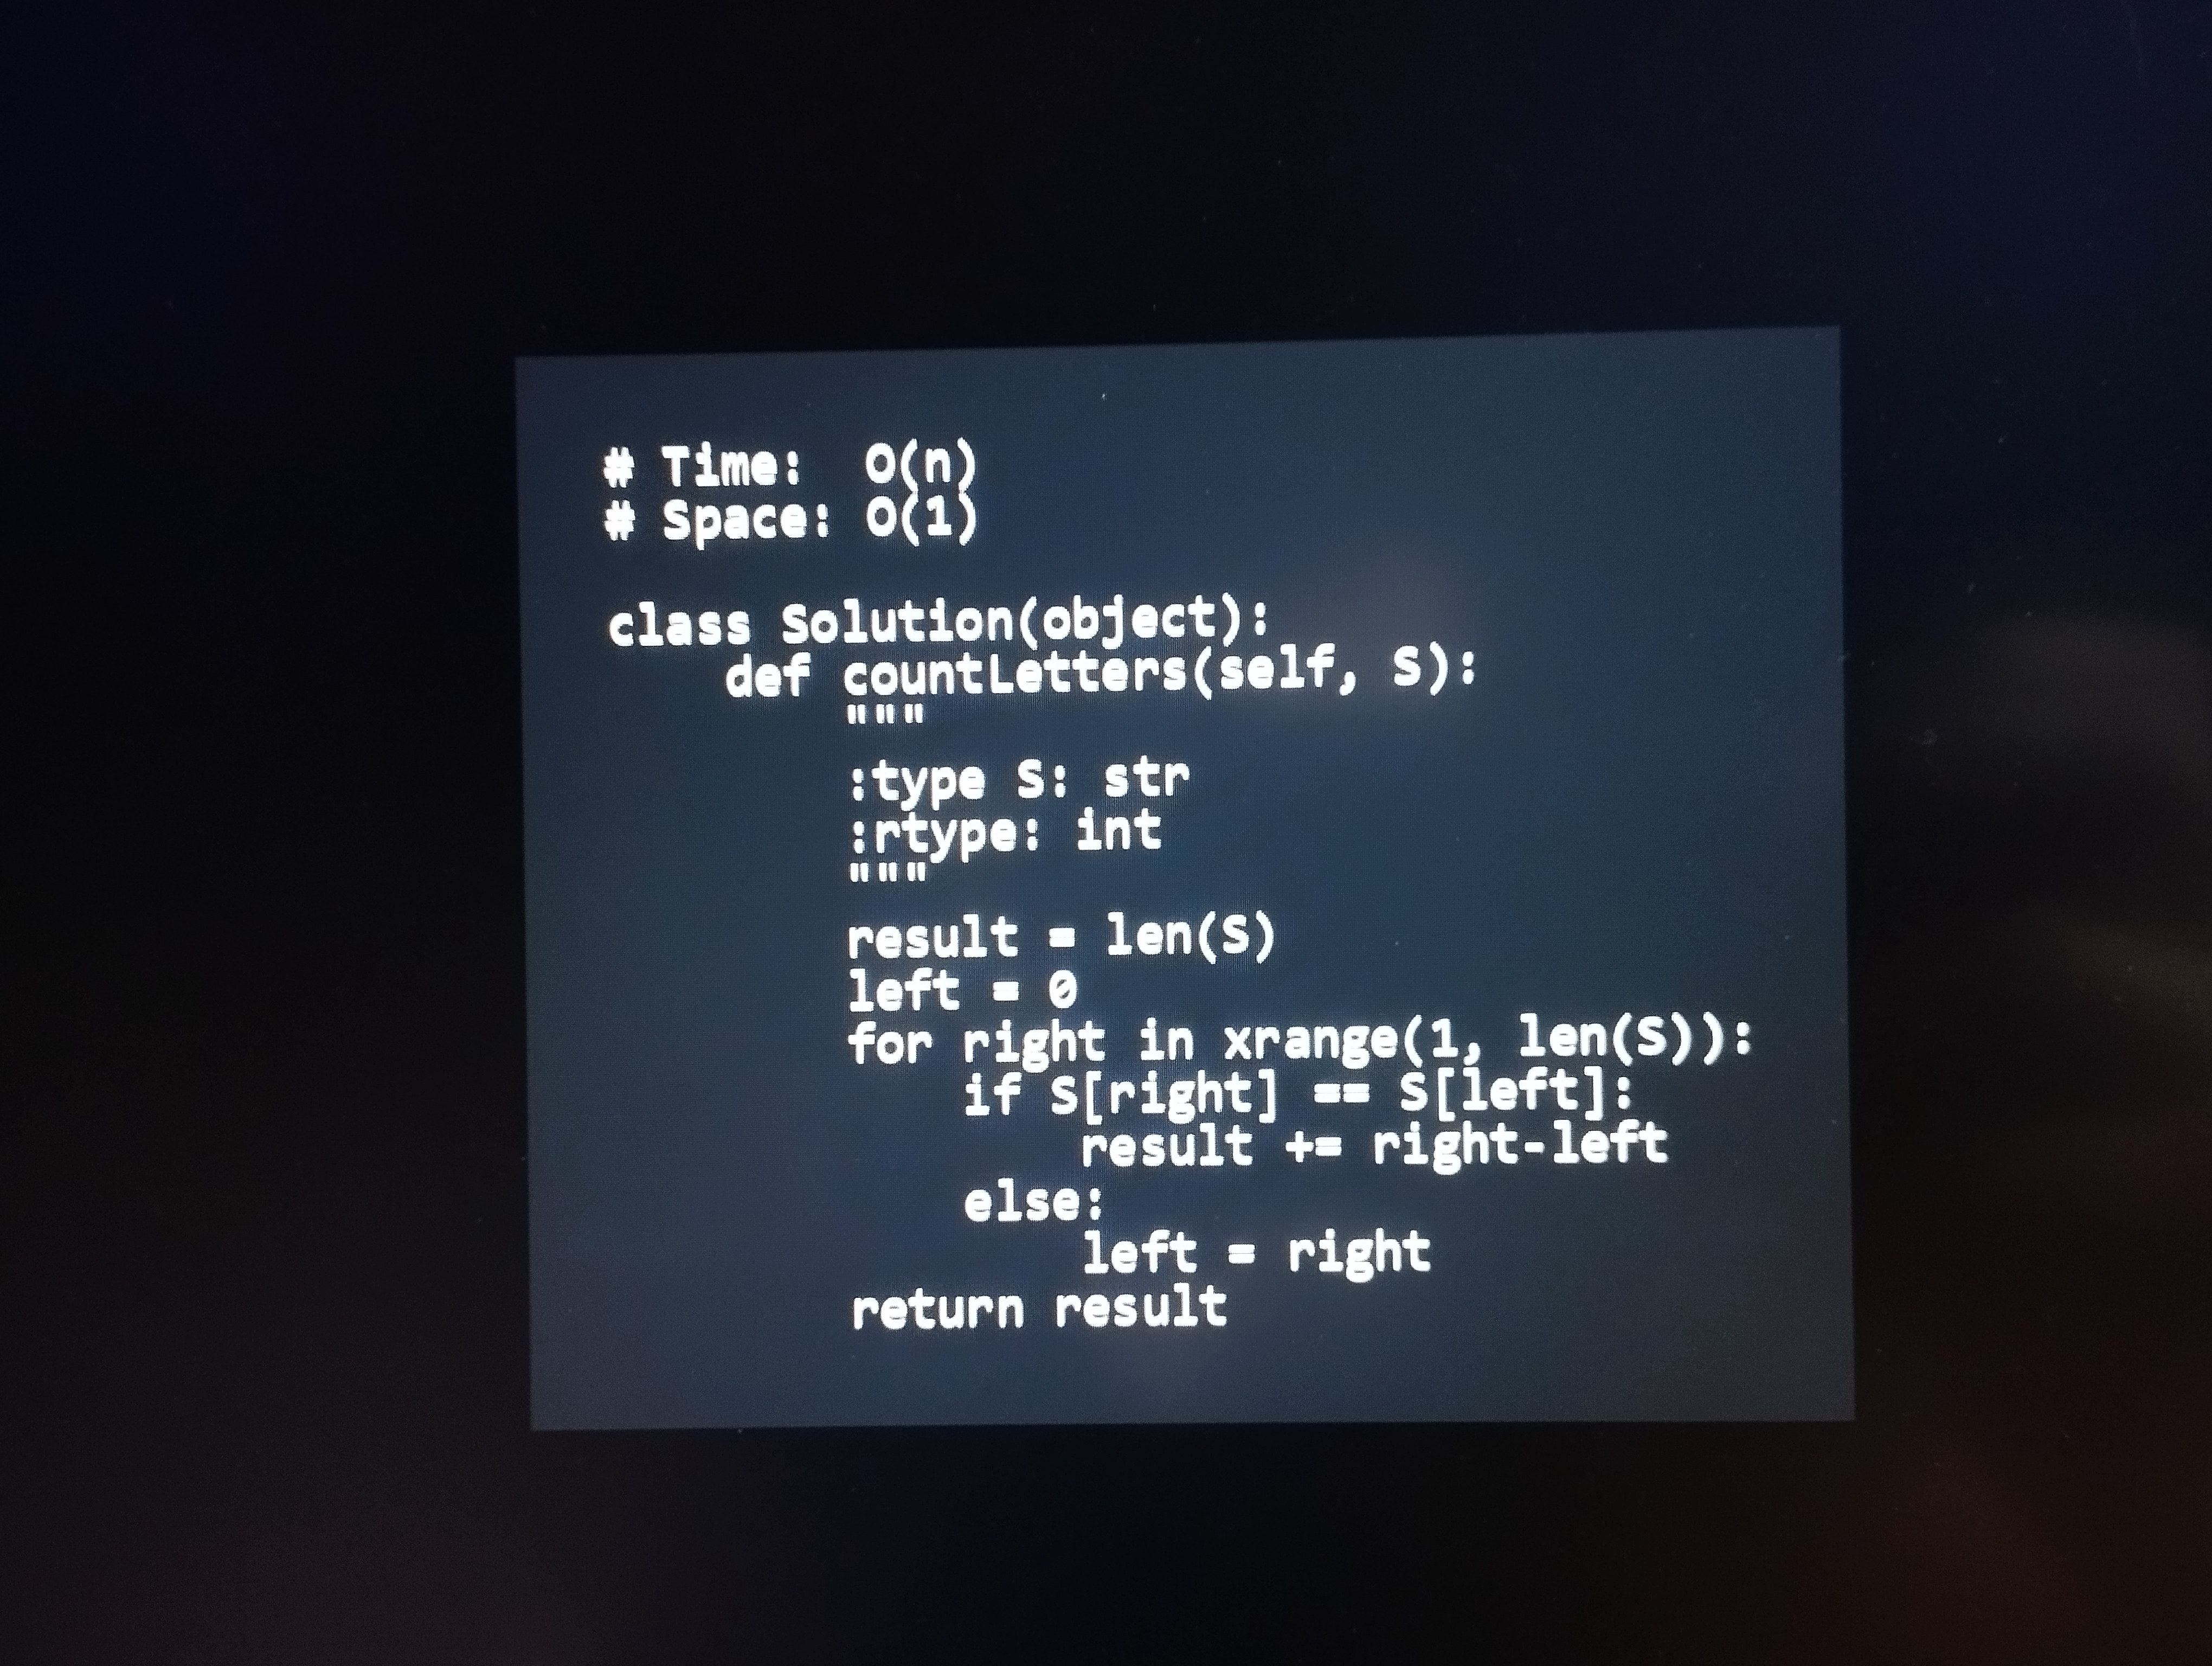
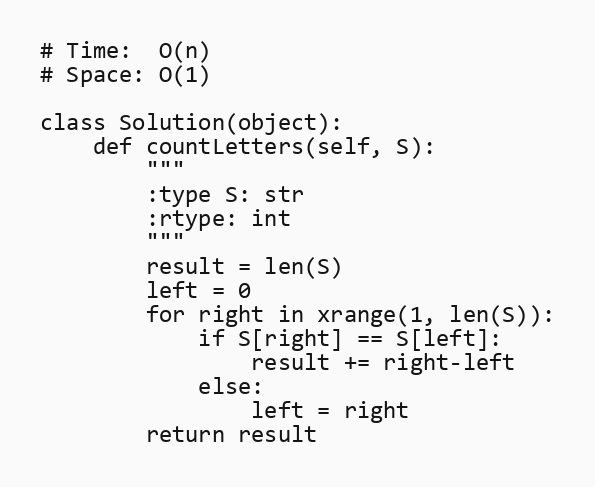
# Time:  O(n)
# Space: O(1)

class Solution(object):
    def countLetters(self, S):
        """
        :type S: str
        :rtype: int
        """
        result = len(S)
        left = 0
        for right in xrange(1, len(S)):
            if S[right] == S[left]:
                result += right-left
            else:
                left = right
        return result